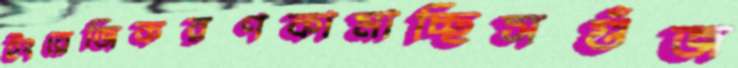
ইংরেজিকরণকামাচ্ছিসগুঁজ